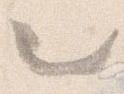
也